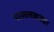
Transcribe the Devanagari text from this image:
पासलकरवर